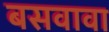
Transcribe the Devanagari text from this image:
बसवावा